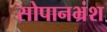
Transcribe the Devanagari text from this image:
सोपानभ्रंश